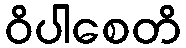
ဝိပါစေတိ